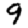
Digit: 9